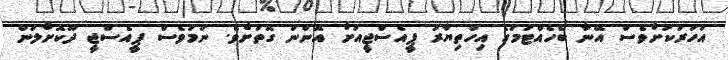
އަހަރަކަށްވެސް އޭނާ ބެހެއްޓުމުގެ އިހްތިޔާރު ޕީއެސްޖީއަށް އޮންނަ ގޮތަށެވެ. ނަމަވެސް ޕީއެސްޖީ ދޫކޮށްލަން